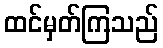
ထင်မှတ်ကြသည်